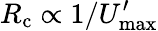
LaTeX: R_{\mathrm{c}}\propto 1/U_{\operatorname*{max}}^{\prime}